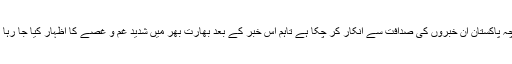
اگرچہ پاکستان ان خبروں کی صدافت سے انکار کر چکا ہے تاہم اس خبر کے بعد بھارت بھر میں شدید غم و غصے کا اظہار کیا جا رہا ہے۔